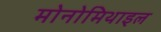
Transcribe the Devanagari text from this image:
मोनोमिथाइल